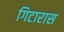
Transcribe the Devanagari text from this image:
गिटारास